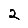
Digit: 2